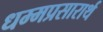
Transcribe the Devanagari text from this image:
धम्मप्रसारार्थ